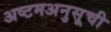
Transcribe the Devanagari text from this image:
अष्टमअनुसूची